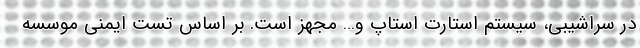
در سراشیبی، سیستم استارت استاپ و… مجهز است. بر اساس تست ایمنی موسسه